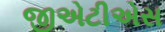
જીએટીએસ